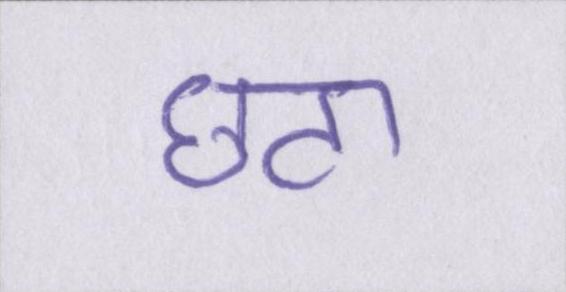
छटा